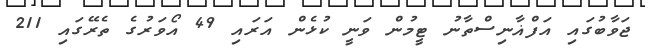
ޖަވާބުގައި އަފްޣާނިސްތާނު ޓީމުން ވަނީ ކުޅެން އަރައި 49 އޯވަރުގެ ތެރޭގައި 211